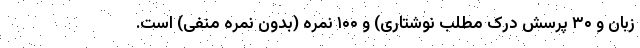
زبان و ۳۰ پرسش درک مطلب نوشتاری) و ۱۰۰ نمره (بدون نمره منفی) است.